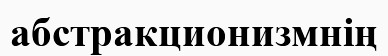
абстракционизмнің